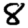
Digit: 8